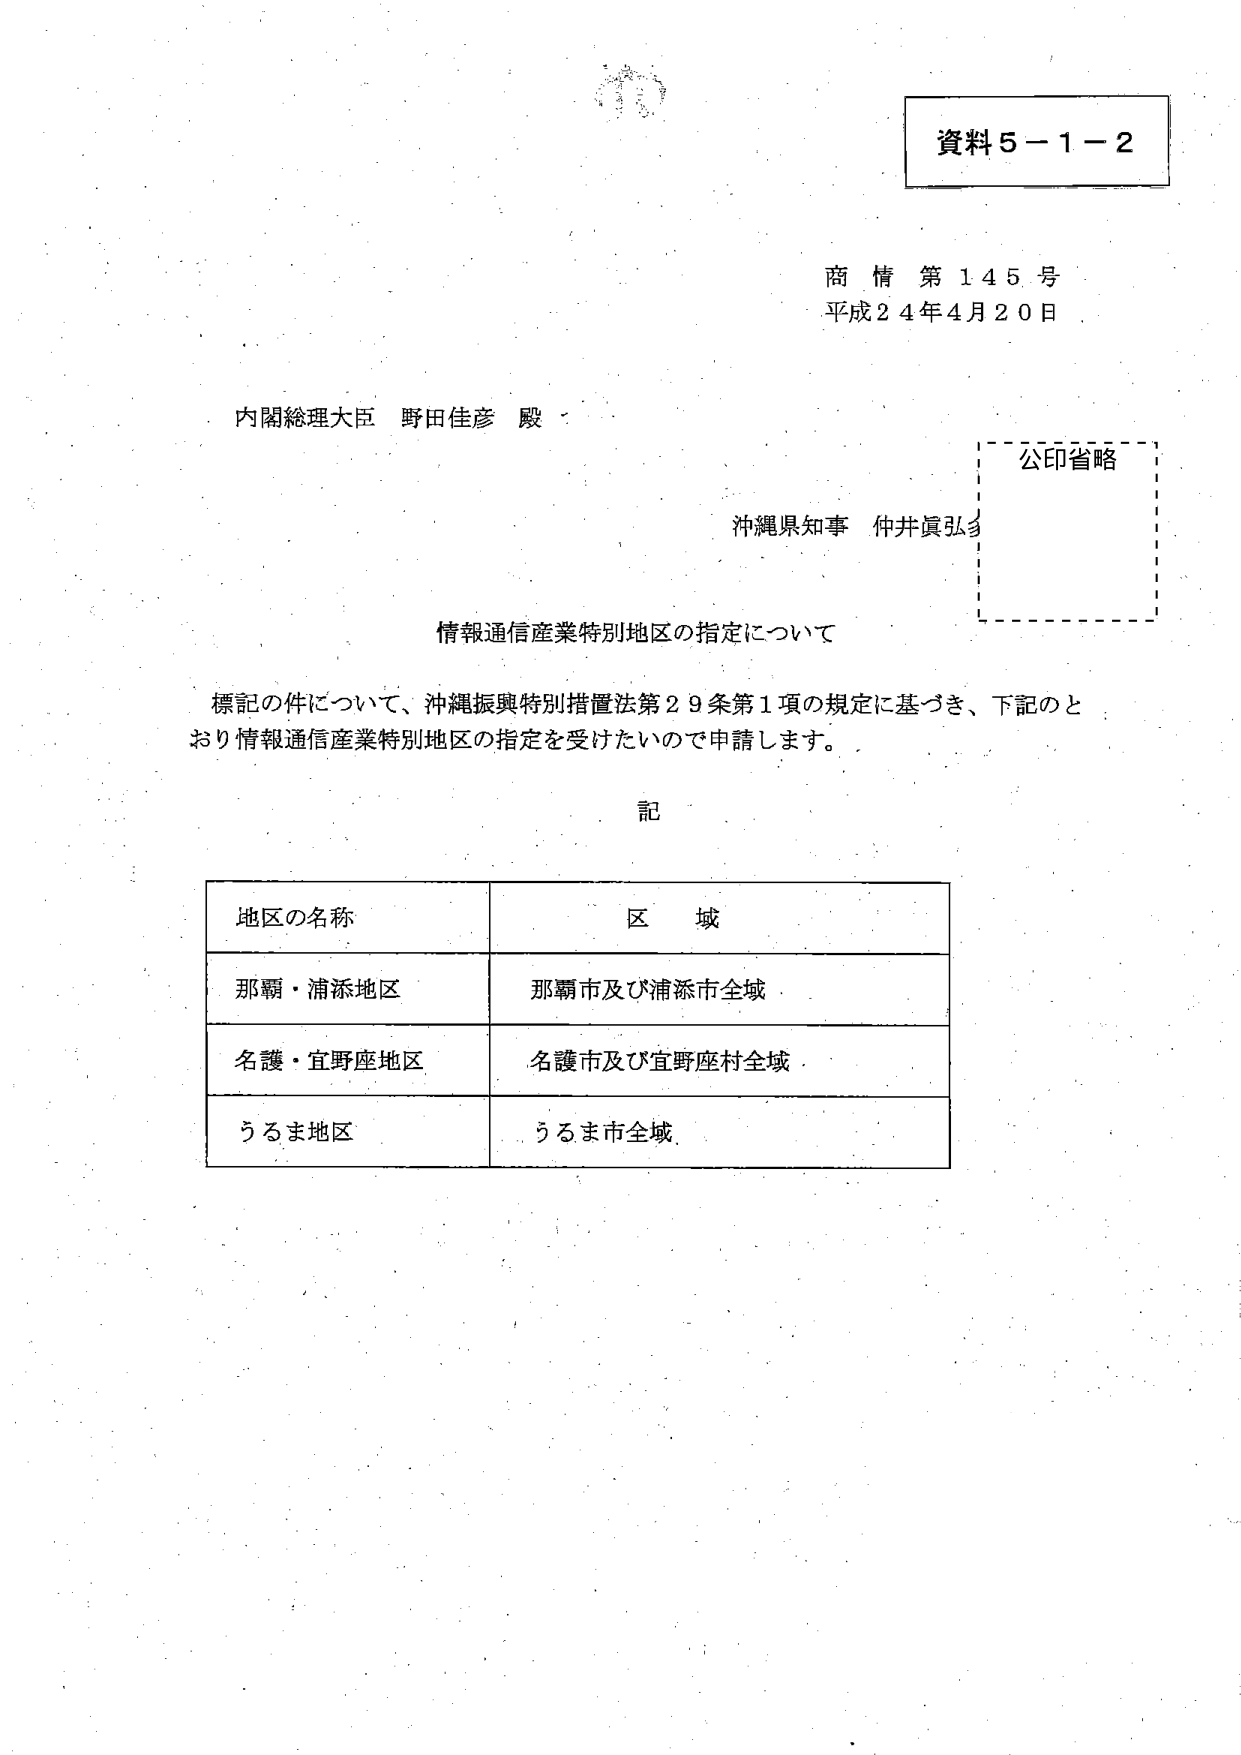
資料５－１－２

商 情 第 145 号
平成24年4月20日

内閣総理大臣 野田佳彦 殿

沖縄県知事 仲井眞弘多

公印省略

情報通信産業特別地区の指定について

標記の件について、沖縄振興特別措置法第29条第1項の規定に基づき、下記のとおり情報通信産業特別地区の指定を受けたいので申請します。

記

地区の名称　　　　　　　　　　区域
那覇・浦添地区　　　　　　那覇市及び浦添市全域
名護・宜野座地区　　　　　名護市及び宜野座村全域
うるま地区　　　　　　　　うるま市全域